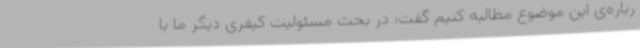
رباره‌ی این موضوع مطالبه کنیم گفت: در بحث مسئولیت کیفری دیگر ما با